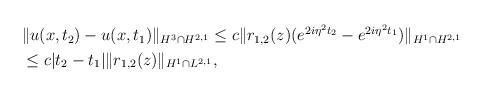
LaTeX: \begin{align*}\begin{aligned}&\|u(x,t_2 )-u(x,t_1 )\|_{H^3\cap H^{2,1}} \leq c\|r_{1,2}( z)(e^{2i\eta^2 t_2}-e^{2i\eta^2 t_1})\|_{H^1\cap H^{2,1}}\\&\leq c|t_2-t_1| \|r_{1,2}(z)\|_{H^1\cap L^{2,1}},\end{aligned}\end{align*}